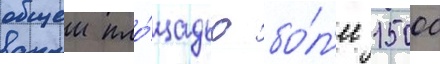
общеи пло́щадью бо́л'ее 15000